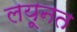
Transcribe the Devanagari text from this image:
लयूनत